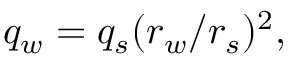
q _ { w } = q _ { s } ( r _ { w } / r _ { s } ) ^ { 2 } ,